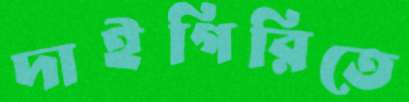
দাইগিরিতে